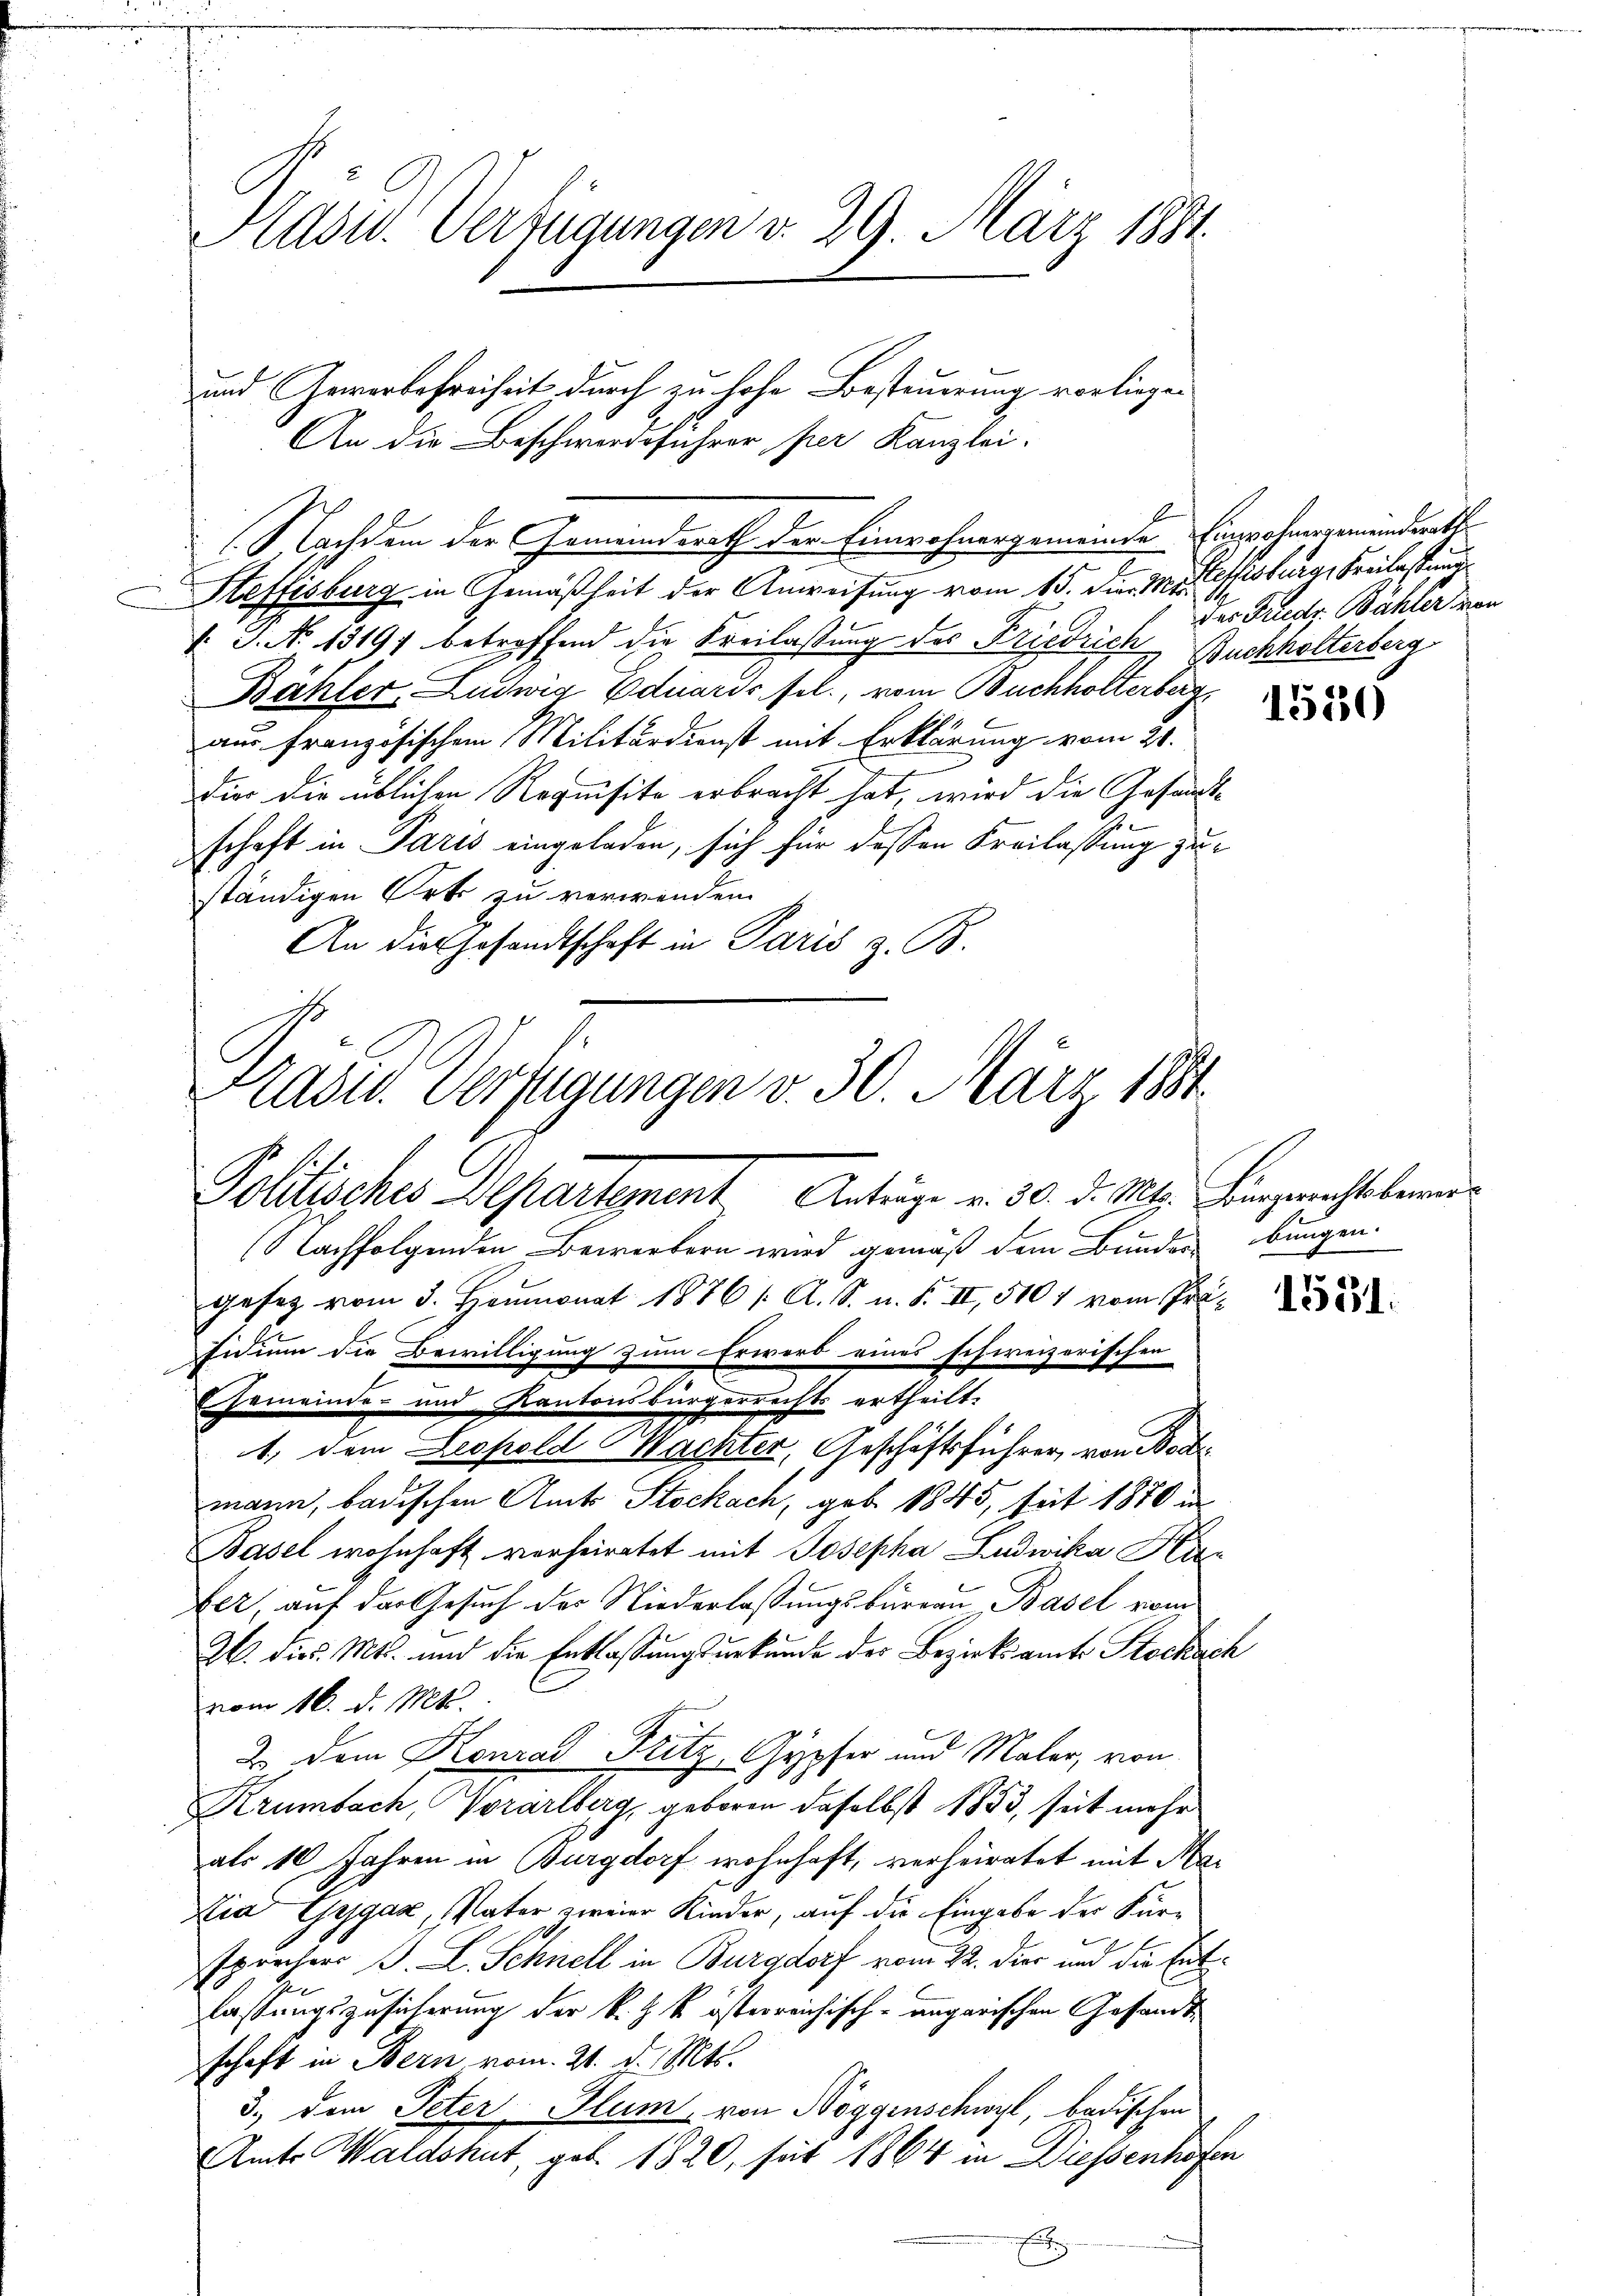
Hasu. Verfügungen v. 29. März 1881.

Nachdem der Gemeindsrath der Einwohnergemeinde Einwohnergemeindrath
Steffisburg in Gemäßheit der Anweisung vom 15. d. M. effisburg, Freitestand
 J. No 1319 betreffend die Kreilassung des Friedrich Buchholterberg
Bähler, Ludwig Eduards fel., vom Buchholterberg
aus französischen Militärdienst mit Erklärung vom 21.
dier die üblichen Requisite erbracht hat, wird die Gesandtd
schaft in Paris eingeladen, sich für dessen Freilassung zuständigen Orts zu verwenden.
An die Gesandtschaft in Paris z. B.

adw. Verfügungen v. 30. März 1881
Politisches Departement Anträge v. 30. d. Mts. Bingerechtsberei¬

und Gewerbefreiheit durch zu hohe Besteuerung vorliegen
An die Beschwerdeführer per Kanzlei.

(Nachfolgenden Bewerbern wird gemäß dem Bunder bungen.
gesetz vom 3. Heumonat 1876 /: A. S. n. F. II, 5101 vom Präsidium die Bewilligung zum Erwerb eines schweizerischen
Gemeinde- und Kantonsbürgerrechts ertheilt.
1, dem Leopold Wachter, Geschäftsführer, von Bod
mann, badischen Amts Stockach, geb. 1845, seit 1870 in
Basel wohnhaft verheiratet mit Josepha Ludwika Kir
ber, auf der Gesuch der Niederlassungsbureau Basel vom
26. dies. Mts. und die Entlassungsurkunde der Bezirksamte Stockach
vom 16. d. Mts.
2. Dem Konrad Fritz, Gypfer und Maler, von
Krümbach, Vorarlberg, geboren daselbst 1853, seit mehr
als 10 Jahren in Burgdorf wohnhaft, verheiratet mit Ma¬
Lia Gygaz, Vater zweier Kinder, auf die Eingabe der Fürsprechers J. L. Schnell in Burgdorf vom 22. Dier und die Enten
lastungszusicherung der k. k. k. österreichisch-ungarischen Gesandtschaft in Bern vom 21. d. Mts.
3., dem Peter Plum, von Nöggenschwyl, badischen
Amts Waldshut, geb. 1820, sat 1864 in Diessenhofen
E

das Friedr. Bähler von

1530

1531.